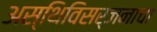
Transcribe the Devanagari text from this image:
अस्थिविसर्जनाचा